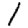
Digit: 1